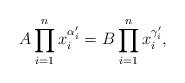
LaTeX: \begin{align*}A \prod_{i=1}^n x_i^{\alpha'_i} = B \prod_{i=1}^n x_i^{\gamma'_i},\end{align*}